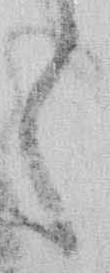
く